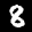
Label: 8